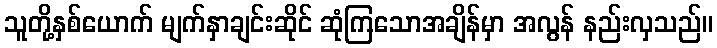
သူတို့နှစ်ယောက် မျက်နှာချင်းဆိုင် ဆုံကြသောအချိန်မှာ အလွန် နည်းလှသည်။